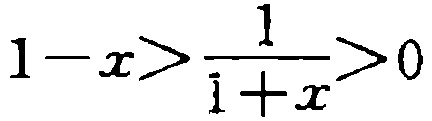
\(1 - x > \frac{1}{1 + x} > 0\)